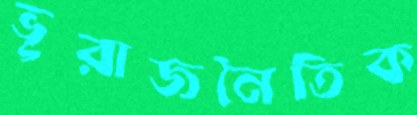
ভূরাজনৈতিক